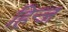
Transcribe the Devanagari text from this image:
हिन्ज